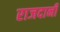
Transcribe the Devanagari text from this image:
राजदानी